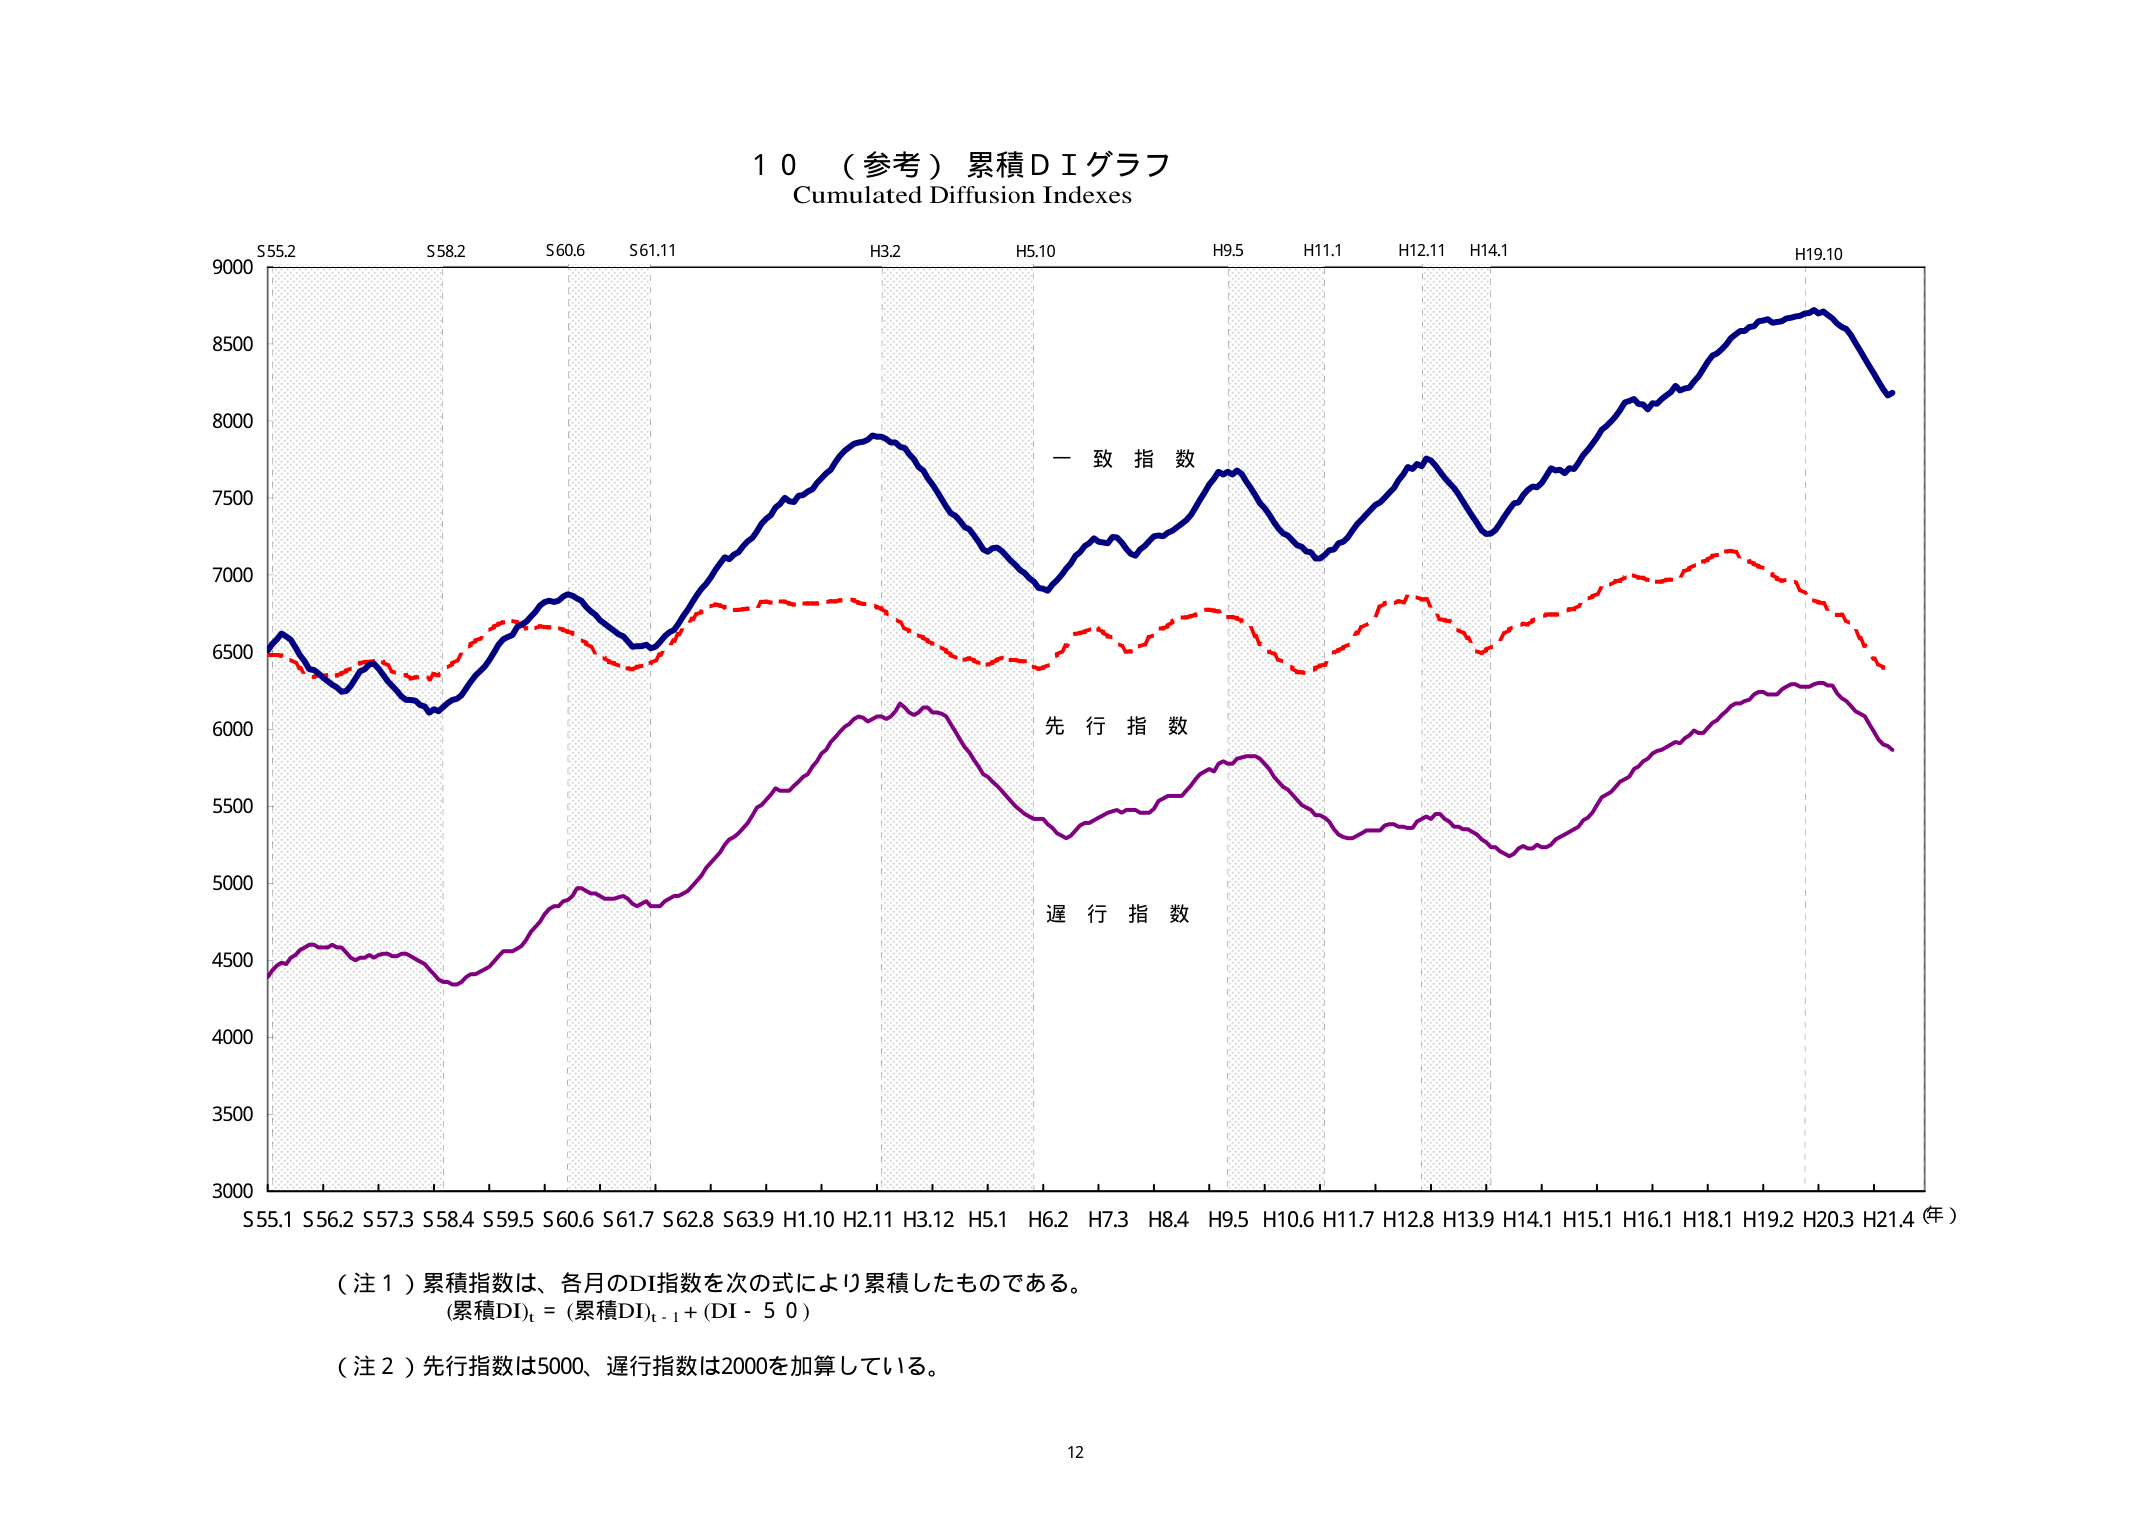
10（参考）累積ＤＩグラフ
Cumulated Diffusion Indexes

S55.2　S58.2　S60.6　S61.11　H3.2　H5.10　H9.5　H11.1　H12.11　H14.1　H19.10

9000
8500
8000
7500
7000
6500
6000
5500
5000
4500
4000
3500
3000

一致指数
先行指数
遅行指数

S55.1 S56.2 S57.3 S58.4 S59.5 S60.6 S61.7 S62.8 S63.9 H1.10 H2.11 H3.12 H5.1 H6.2 H7.3 H8.4 H9.5 H10.6 H11.7 H12.8 H13.9 H14.1 H15.1 H16.1 H18.1 H19.2 H20.3 H21.4（年）

（注１）累積指数は、各月のDI指数を次の式により累積したものである。
（累積DI）t = （累積DI）t-1 + （DI - 50）

（注２）先行指数は5000、遅行指数は2000を加算している。

12